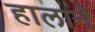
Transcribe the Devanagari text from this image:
हालानें